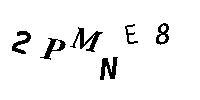
2PMNE8